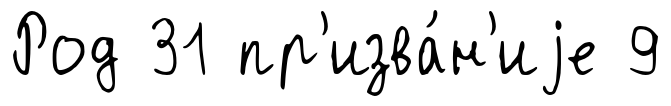
Род 31 пр'изва́н'иjе 9